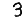
Digit: 3